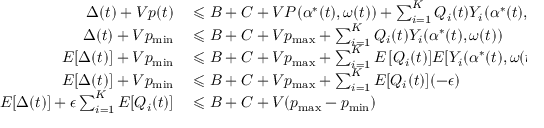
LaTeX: \begin{array} { r l r l } { \Delta ( t ) + V p ( t ) } & { { } \leqslant B + C + V P ( \alpha ^ { * } ( t ) , \omega ( t ) ) + \sum _ { i = 1 } ^ { K } Q _ { i } ( t ) Y _ { i } ( \alpha ^ { * } ( t ) , \omega ( t ) ) } \\ { \Delta ( t ) + V p _ { \operatorname* { m i n } } } & { { } \leqslant B + C + V p _ { \operatorname* { m a x } } + \sum _ { i = 1 } ^ { K } Q _ { i } ( t ) Y _ { i } ( \alpha ^ { * } ( t ) , \omega ( t ) ) } & { } & { { } { \mathrm { a s s u m e ~ } } p _ { \operatorname* { m i n } } \leqslant P \leqslant p _ { \operatorname* { m a x } } } \\ { E [ \Delta ( t ) ] + V p _ { \operatorname* { m i n } } } & { { } \leqslant B + C + V p _ { \operatorname* { m a x } } + \sum _ { i = 1 } ^ { K } E \left[ Q _ { i } ( t ) ] E [ Y _ { i } ( \alpha ^ { * } ( t ) , \omega ( t ) ) \right] } & { } & { { } { \mathrm { t a k i n g ~ e x p e c t a t i o n } } } \\ { E [ \Delta ( t ) ] + V p _ { \operatorname* { m i n } } } & { { } \leqslant B + C + V p _ { \operatorname* { m a x } } + \sum _ { i = 1 } ^ { K } E [ Q _ { i } ( t ) ] ( - \epsilon ) } & { } & { { } { \mathrm { U s i n g ~ ( E q . ~ 5 ) } } } \\ { E [ \Delta ( t ) ] + \epsilon \sum _ { i = 1 } ^ { K } E [ Q _ { i } ( t ) ] } & { { } \leqslant B + C + V ( p _ { \operatorname* { m a x } } - p _ { \operatorname* { m i n } } ) } \end{array}